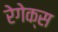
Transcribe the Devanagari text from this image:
रेगेक्स